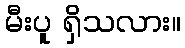
မီးပူ ရှိသလား။